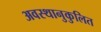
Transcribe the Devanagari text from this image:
अवस्थानुकुलित